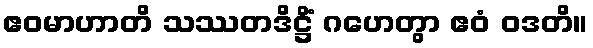
ဧဝမာဟာတိ သဿတဒိဋ္ဌိံ ဂဟေတွာ ဧဝံ ဝဒတိ။